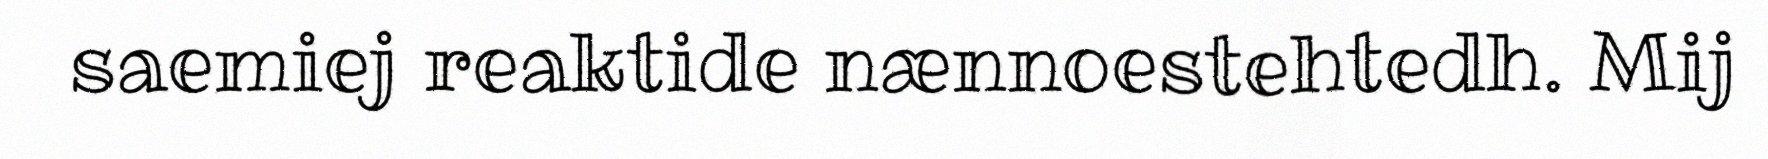
saemiej reaktide nænnoestehtedh. Mij